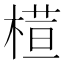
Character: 𣘇